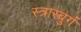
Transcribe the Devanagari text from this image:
स्त्रास्बुर्ग